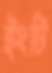
ইংটি